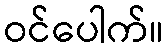
ဝင်ပေါက်။